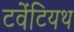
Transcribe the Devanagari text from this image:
टवेंटियथ